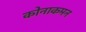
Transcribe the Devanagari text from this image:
कोनाकमन